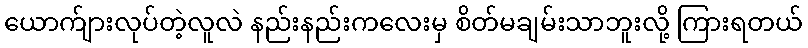
ယောက်ျားလုပ်တဲ့လူလဲ နည်းနည်းကလေးမှ စိတ်မချမ်းသာဘူးလို့ ကြားရတယ်